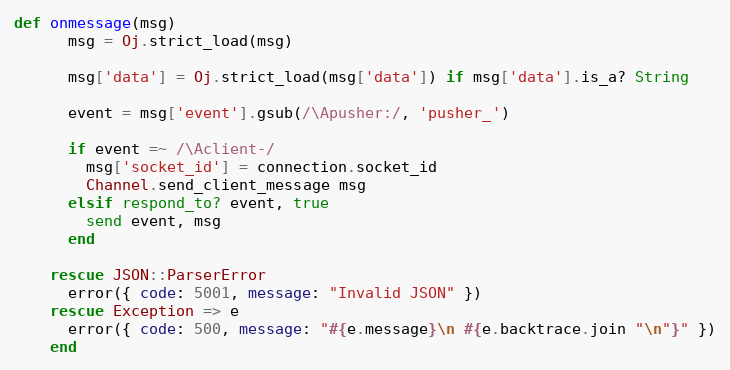
Language: Ruby
def onmessage(msg)
      msg = Oj.strict_load(msg)

      msg['data'] = Oj.strict_load(msg['data']) if msg['data'].is_a? String

      event = msg['event'].gsub(/\Apusher:/, 'pusher_')

      if event =~ /\Aclient-/
        msg['socket_id'] = connection.socket_id
        Channel.send_client_message msg
      elsif respond_to? event, true
        send event, msg
      end

    rescue JSON::ParserError
      error({ code: 5001, message: "Invalid JSON" })
    rescue Exception => e
      error({ code: 500, message: "#{e.message}\n #{e.backtrace.join "\n"}" })
    end